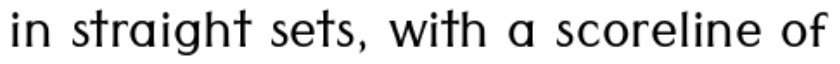
in straight sets, with a scoreline of